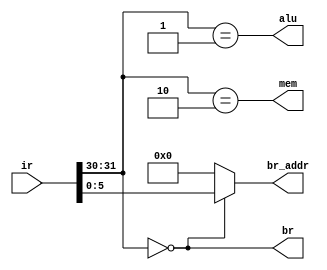
//####################################
//# Circuit: mDec                    #
//# Author: Catalin Gabriel Lipsa    #
//# Date: Apr 2, 2007                #
//# Last Update: Apr 3, 2007         # 
//####################################

module mdec(ir, br, br_addr, alu, mem);
    parameter INSTR_WIDTH = 32;
    parameter ADDR_WIDTH = 6;
        
    input [INSTR_WIDTH-1:0]ir;
    output br, alu, mem;
    output [ADDR_WIDTH-1:0] br_addr;
    
    assign br = (ir[INSTR_WIDTH-1:INSTR_WIDTH-2]==2'b00);
    assign alu = (ir[INSTR_WIDTH-1:INSTR_WIDTH-2]==2'b01);
    assign mem = (ir[INSTR_WIDTH-1:INSTR_WIDTH-2]==2'b10);
    assign br_addr = br ? ir[ADDR_WIDTH-1:0] : 6'b000000; 
endmodule